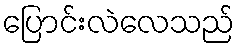
ပြောင်းလဲလေသည်